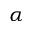
\alpha